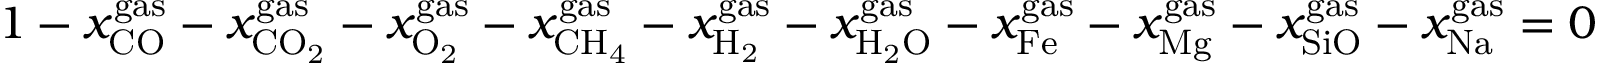
\begin{array} { r } { 1 - x _ { \mathrm { { C O } } } ^ { { \mathrm { g a s } } } - x _ { \mathrm { { C } } { { \mathrm { O } } _ { \mathrm { { 2 } } } } } ^ { { \mathrm { g a s } } } - x _ { { \mathrm { { O } } _ { \mathrm { 2 } } } } ^ { \mathrm { { g a s } } } - x _ { { \mathrm { C } } { \mathrm { { H } } _ { \mathrm { 4 } } } } ^ { \mathrm { { g a s } } } - x _ { { { \mathrm { H } } _ { \mathrm { { 2 } } } } } ^ { { \mathrm { g a s } } } - x _ { { \mathrm { { H } } _ { \mathrm { 2 } } } \mathrm { { O } } } ^ { { \mathrm { g a s } } } - x _ { \mathrm { { F e } } } ^ { { \mathrm { g a s } } } - x _ { \mathrm { { M g } } } ^ { { \mathrm { g a s } } } - x _ { \mathrm { { S i O } } } ^ { { \mathrm { g a s } } } - x _ { \mathrm { { N a } } } ^ { { \mathrm { g a s } } } = 0 } \end{array}